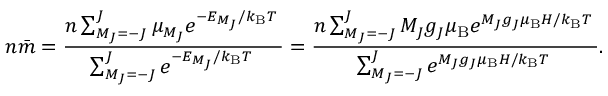
n { \bar { m } } = { \frac { n \sum _ { M _ { J } = - J } ^ { J } { \mu _ { M _ { J } } e ^ { { - E _ { M _ { J } } } / { k _ { \mathrm { B } } T } \; } } } { \sum _ { M _ { J } = - J } ^ { J } { e ^ { { - E _ { M _ { J } } } / { k _ { \mathrm { B } } T } \; } } } } = { \frac { n \sum _ { M _ { J } = - J } ^ { J } { M _ { J } g _ { J } \mu _ { \mathrm { B } } e ^ { { M _ { J } g _ { J } \mu _ { \mathrm { B } } H } / { k _ { \mathrm { B } } T } \; } } } { \sum _ { M _ { J } = - J } ^ { J } { e ^ { { M _ { J } g _ { J } \mu _ { \mathrm { B } } H } / { k _ { \mathrm { B } } T } \; } } } } .